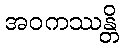
အဝကဿန္တိ